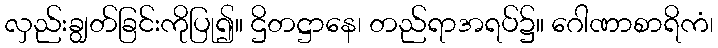
လှည်းချွတ်ခြင်းကိုပြု၍။ ဌိတဋ္ဌာနေ၊ တည်ရာအရပ်၌။ ဂေါဏာစာရိကံ၊